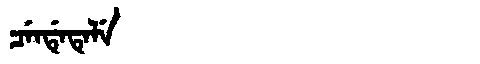
Manchu: ᠴᡝᠨᡩᡝᡨᡝᠯᡝ
Romanization: CENDETELE